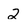
Character: 2